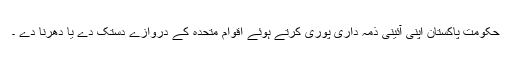
حکومت پاکستان اپنی آئینی ذمہ داری پوری کرتے ہوئے اقوام متحدہ کے دروازے دستک دے یا دھرنا دے ۔